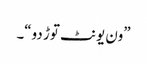
”ون یونٹ توڑ دو“۔